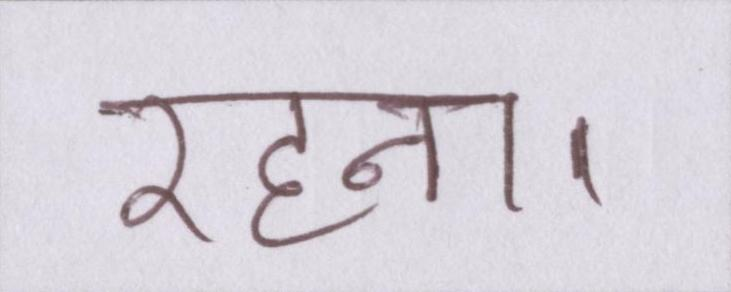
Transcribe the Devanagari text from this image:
रहना।